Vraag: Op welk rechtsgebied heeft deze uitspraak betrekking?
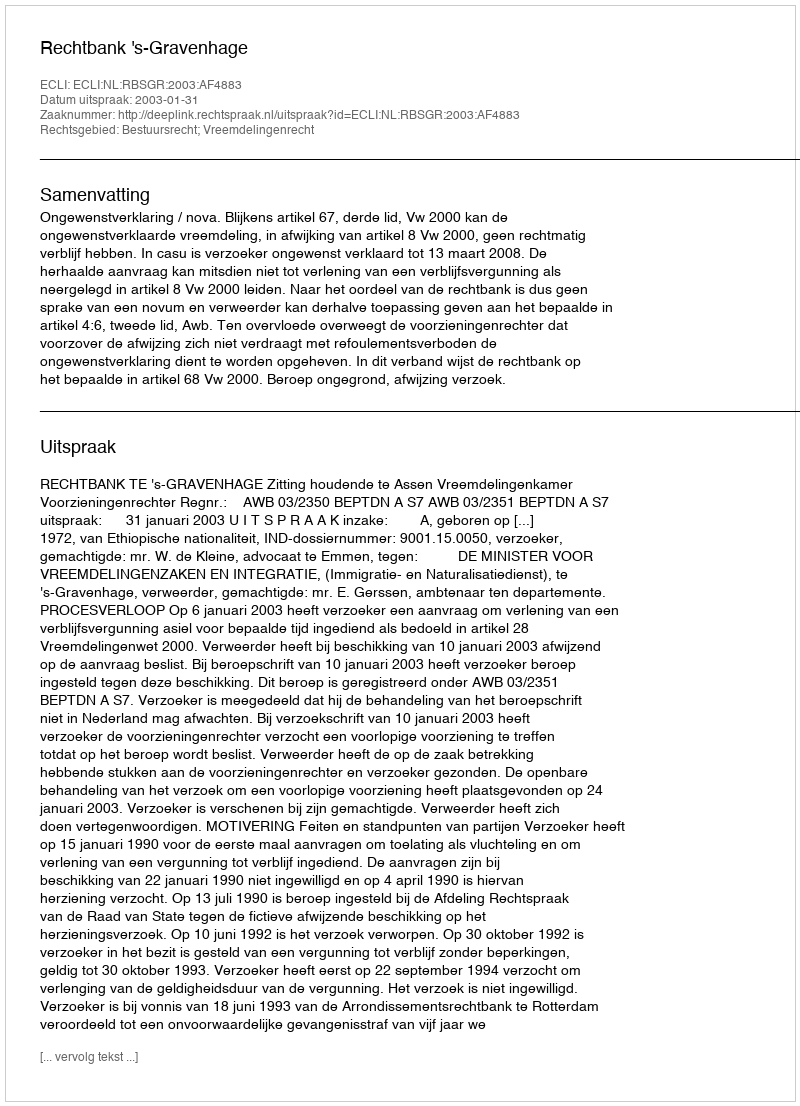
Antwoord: Bestuursrecht; Vreemdelingenrecht